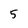
Character: 5